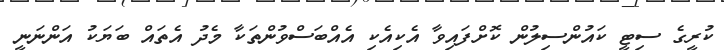
ކުރީގެ ސިޓީ ކައުންސިލުން ކޮށްފައިވާ އެކިއެކި އެއްބަސްވުންތަކާ މެދު އެތައް ބަޔަކު އަންނަނީ